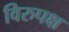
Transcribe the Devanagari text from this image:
विरुपक्ष